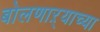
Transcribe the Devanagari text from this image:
बोलणाऱ्याच्या